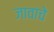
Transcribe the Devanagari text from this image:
जावाचे